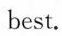
best.